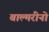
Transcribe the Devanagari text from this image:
बाल्मरीनो